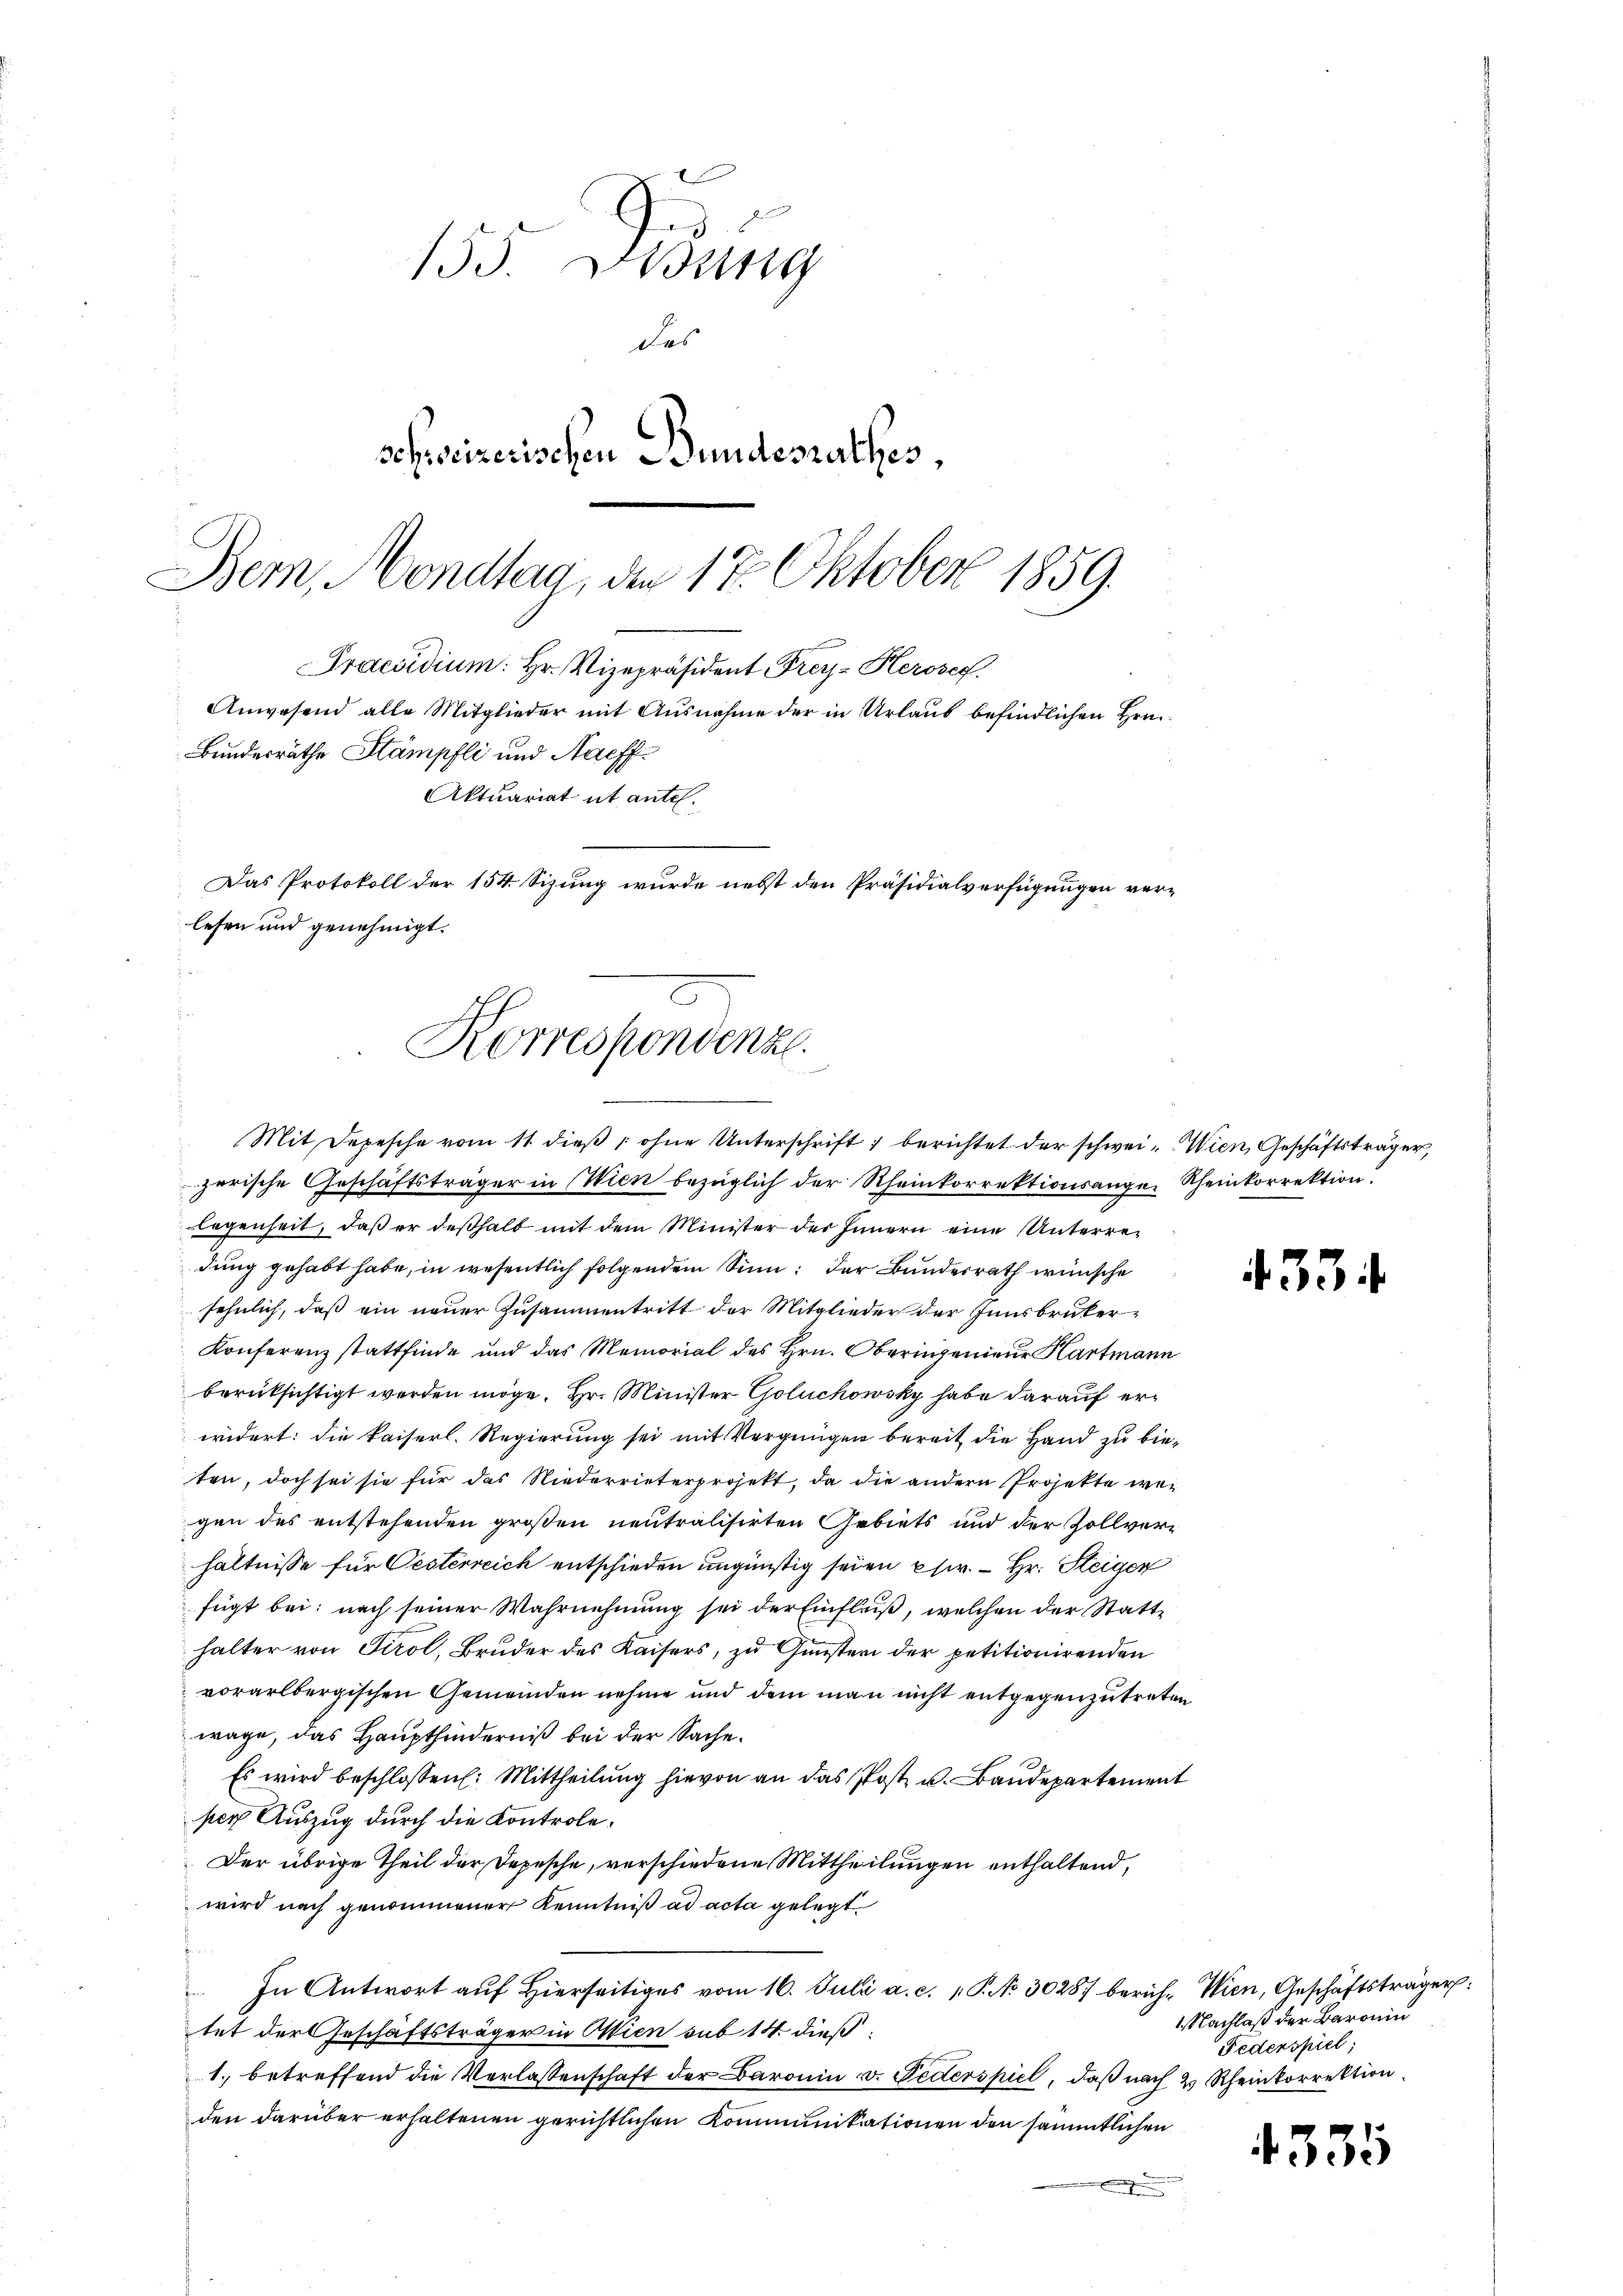
155. Disung
des
schweizerischen Bundesrathes,
Bern, Mondlag, den 17. Oktober 1859

Anwesend alle Mitglieder mit Ausnahme der in Urlaub befindlichen Hrn.
Bundesräthe Stämpfli und Nachf
Aktuariat et antel¬
Das Protokoll der 154. Sizung wurde nebst den Präsidialverfügungen verlesen und genehmigt.
Korrespondenz.

Praesidium. Hr. Vizepräsident Frey-Herose.

Mit Depesche vom 11. dieß, ohne Unterschrift berichtet der schwei- Wien Geschäftsträger,
zerische Geschäftsträger in Wien bezüglich der Rheinkorrektionsange- Rheinkorrektion.
legenheit, daß er deßhalb mit dem Minister der Innern eine Unterredung gehabt habe, in wesentlich folgendem Sinn: der Bundesrath wünsche
sehnlich, daß ein neuer Zusammentritt der Mitglieder der Innsbruker
Konferenz stattfinde und das Memorial des Hrn. Oberingenieur Hartmann
berüksichtigt werden möge. Hr. Minister Goluchowsky habe darauf erwidert: die kaiserl. Regierung sei mit Vergnügen bereit die Hand zu bieten, doch sei sie für das Niederrieterprojekt, da die andern Projekte wegen des entstehenden großen neutralisirten Gebiets und der Zollverhältnisse für Oesterreich entschieden ungünstig seien psir. - Hr. Steigen
fügt bei: nach seiner Wahrnehmung sei der Einfluß, welchen der Statthalter von Tirol, Bruder des Kaisers, zu Gunstern der petitionirenden
vorarlbergischen Gemeinden nehme und dem man nicht entgegenzutreten
wage, das Haupthinderniß bei der Sache.
Es wird beschlossen: Mittheilung hievon an das Post u. Baudepartement
per Auszug durch die Kontrole¬
Der übrige Theil der Depesche, verschiedene Mittheilungen enthaltend,
wird nach genommener Kenntniß ad acta gelegt.
In Antwort auf Hierseitiges vom 16. Juli a. c. 1 P. No 30287 berich. Wien, Geschäftsträger:
tet der Geschäftsträger in Wien sub 14. dieß¬
1. betreffend die Verlassenschaft der Baronin v. Jederspiel, daß nach 2 Rheinkorrektion
den darüber erhaltenen gerichtlichen Kommunikationen den sämmtlichen
e

334

1 Nachlaß der Baronin
Federspiel;

4335